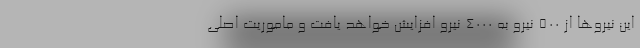
این نیرو‌ها از ۵۰۰ نیرو به ۴۰۰۰ نیرو افزایش خواهد یافت و ماموریت اصلی